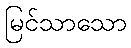
မြင်သာသော